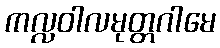
ကလ္လဝါလမုတ္တဂါမေ